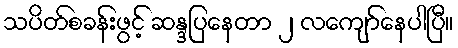
သပိတ်စခန်းဖွင့် ဆန္ဒပြနေတာ ၂ လကျော်နေပါပြီ။